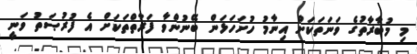
މި މުބާރާތުގެ ވަނަތަކަށް އިނާމު ހުށަހަޅަން ބޭނުންވާ ފަރާތްތަކަށް އެ ފުރުޞަތު ވަނީ